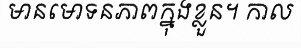
មានមោទនភាពក្នុងខ្លួន។ កាល